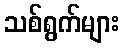
သစ်ရွက်များ